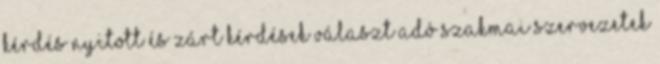
kérdés nyitott és zárt kérdések Választ adó szakmai szervezetek